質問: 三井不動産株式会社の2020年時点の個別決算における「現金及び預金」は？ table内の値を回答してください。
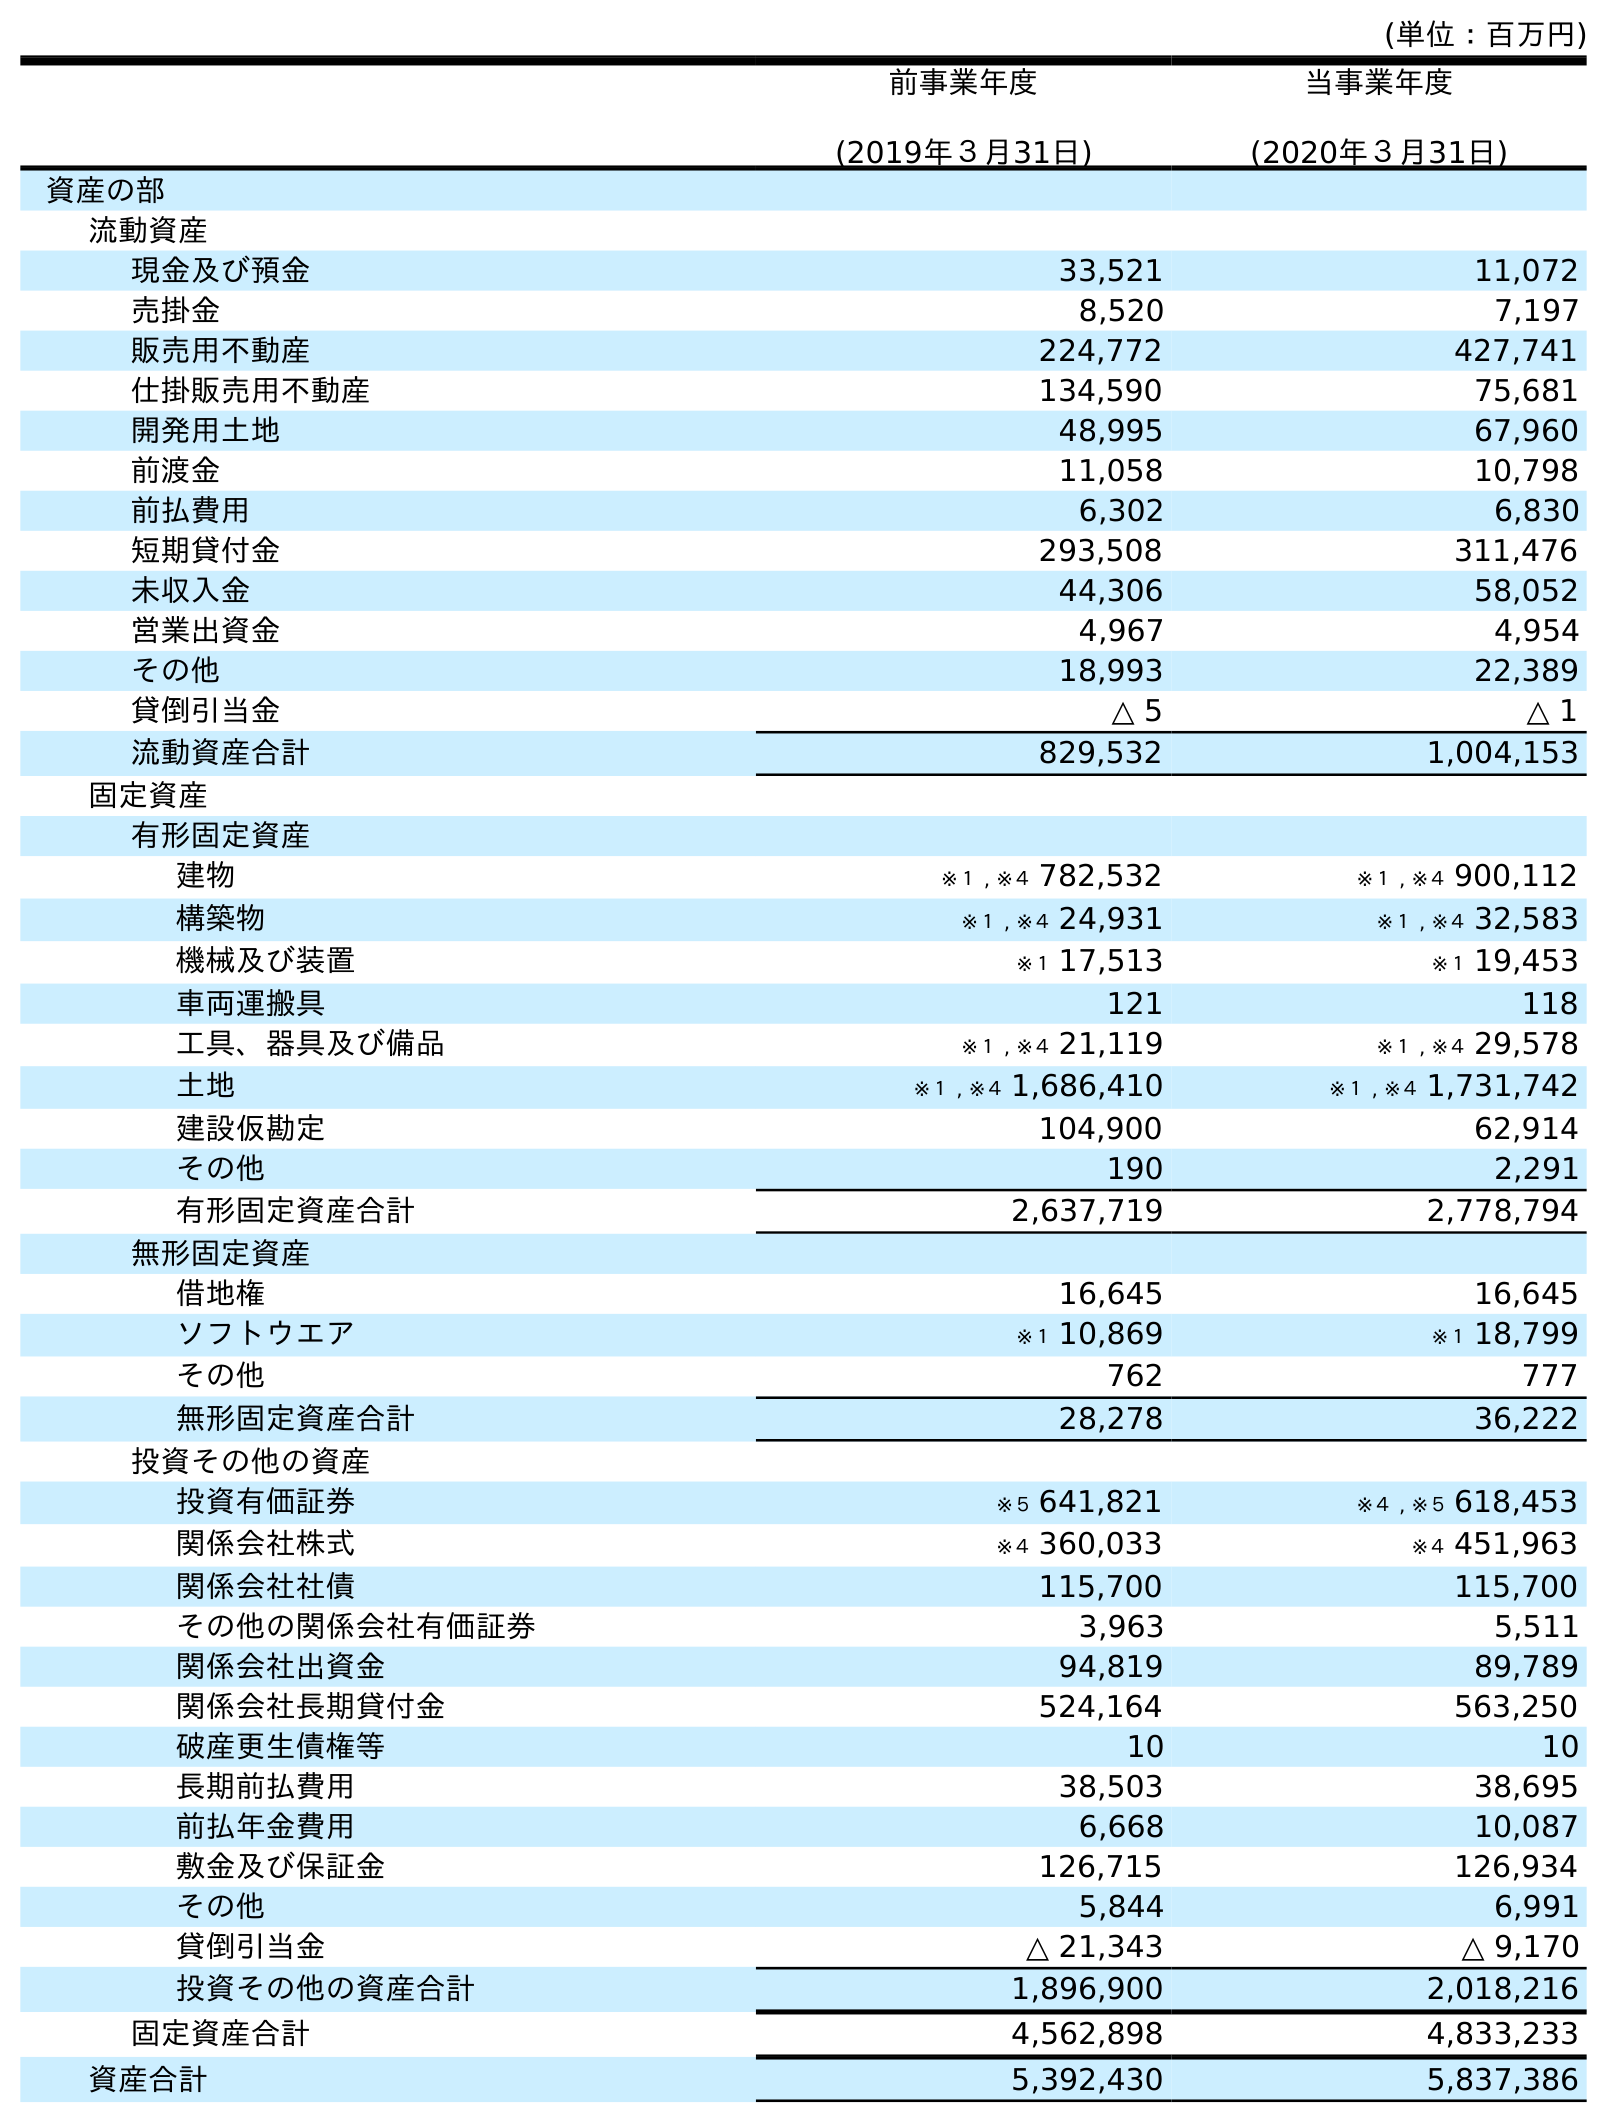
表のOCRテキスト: (単位：百万円) 前事業年度 (2019年３月31日) 当事業年度 (2020年３月31日) 資産の部 流動資産 現金及び預金 33,521 11,072 売掛金 8,520 7,197 販売用不動産 224,772 427,741 仕掛販売用不動産 134,590 75,681 開発用土地 48,995 67,960 前渡金 11,058 10,798 前払費用 6,302 6,830 短期貸付金 293,508 311,476 未収入金 44,306 58,052 営業出資金 4,967 4,954 その他 18,993 22,389 貸倒引当金 △ 5 △ 1 流動資産合計 829,532 1,004,153 固定資産 有形固定資産 建物 ※１ , ※４ 782,532 ※１ , ※４ 900,112 構築物 ※１ , ※４ 24,931 ※１ , ※４ 32,583 機械及び装置 ※１ 17,513 ※１ 19,453 車両運搬具 121 118 工具、器具及び備品 ※１ , ※４ 21,119 ※１ , ※４ 29,578 土地 ※１ , ※４ 1,686,410 ※１ , ※４ 1,731,742 建設仮勘定 104,900 62,914 その他 190 2,291 有形固定資産合計 2,637,719 2,778,794 無形固定資産 借地権 16,645 16,645 ソフトウエア ※１ 10,869 ※１ 18,799 その他 762 777 無形固定資産合計 28,278 36,222 投資その他の資産 投資有価証券 ※５ 641,821 ※４ , ※５ 618,453 関係会社株式 ※４ 360,033 ※４ 451,963 関係会社社債 115,700 115,700 その他の関係会社有価証券 3,963 5,511 関係会社出資金 94,819 89,789 関係会社長期貸付金 524,164 563,250 破産更生債権等 10 10 長期前払費用 38,503 38,695 前払年金費用 6,668 10,087 敷金及び保証金 126,715 126,934 その他 5,844 6,991 貸倒引当金 △ 21,343 △ 9,170 投資その他の資産合計 1,896,900 2,018,216 固定資産合計 4,562,898 4,833,233 資産合計 5,392,430 5,837,386
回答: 11,072